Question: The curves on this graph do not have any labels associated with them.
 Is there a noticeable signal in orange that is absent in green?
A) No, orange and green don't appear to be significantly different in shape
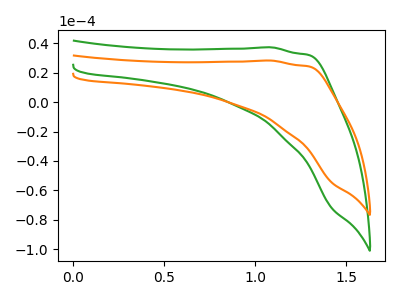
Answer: <think>The green curve "green" has no peaks. The orange curve "orange" has no peaks.
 Neither "orange" or "green" have any peaks.</think>
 <answer>A) No, "orange" and "green" don't appear to be significantly different in shape</answer>
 <eval>A</eval>